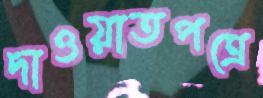
দাওয়াতপত্রে